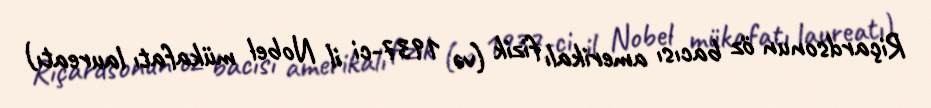
Riçardsonun öz bacısı amerikalı fizik (və 1937-ci il Nobel mükafatı laureatı)